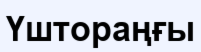
Үштораңғы